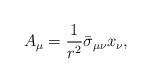
LaTeX: \begin{align*}A_{\mu }=\frac{1}{r^{2}}\bar{\sigma}_{\mu \nu }x_{\nu },\end{align*}